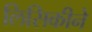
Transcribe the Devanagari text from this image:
लिसिकीने